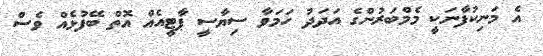
އެ މަނިކުފާނަކީ މެމްބަރުންގެ އަދަދު ހަމަވާ ސިޔާސީ ޕާޓީއެއް އޮތް ބޭފުޅެއް ވެސް